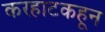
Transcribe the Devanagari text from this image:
करहाटकहून